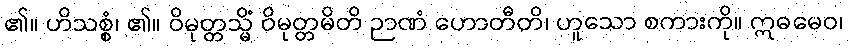
၏။ ဟိသစ္စံ၊ ၏။ ဝိမုတ္တသ္မိံ ဝိမုတ္တမိတိ ဉာဏံ ဟောတီတိ၊ ဟူသော စကားကို။ ဣဓမေဝ၊